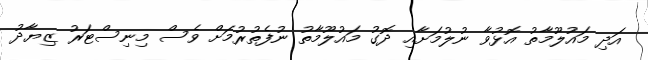
އަދި މައުލޫމާތު އޮޅުވާ ނުލުމަށާއި ދޮގު މައުލޫމާތު ނުފެތުރުމަށް ވެސް މިނިސްޓަރު ޒިޔާދު